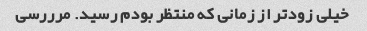
خیلی زودتر از زمانی که منتظر بودم رسید. مرررسی